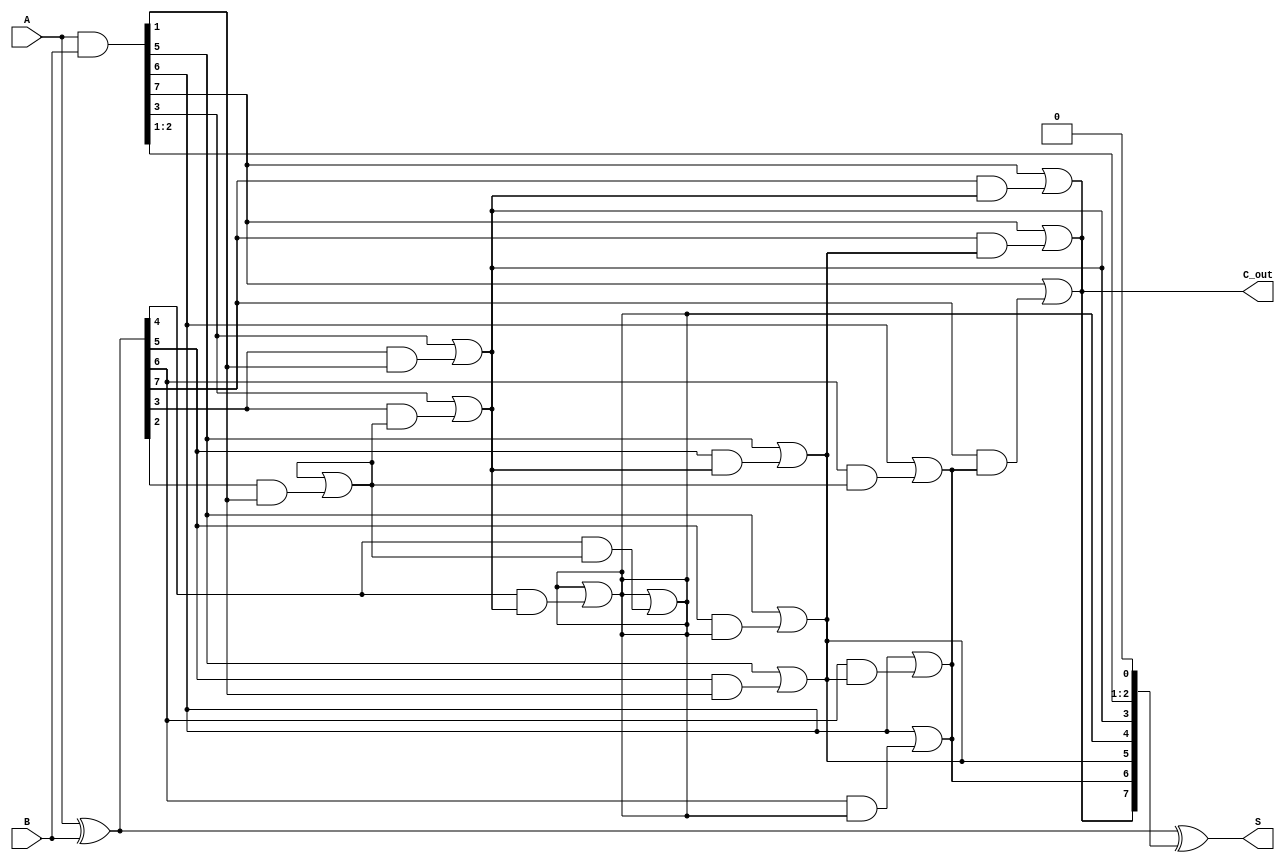
module KoggeStoneAdder #(parameter N = 8) (
    input  wire [N-1:0] A,     // First operand
    input  wire [N-1:0] B,     // Second operand
    output wire [N-1:0] S,      // Sum
    output wire C_out           // Carry out
);

    // Generate and Propagate signals
    wire [N-1:0] G;  // Generate signals
    wire [N-1:0] P;  // Propagate signals
    wire [N:0] C;    // Carry signals

    // Generate and propagate calculations
    assign G = A & B;           // Generate
    assign P = A ^ B;           // Propagate

    // Initial carry: C[0] = 0 (no carry in)
    assign C[0] = 1'b0;

    // Kogge-Stone Prefix Carry Generation
    genvar i, k;
    generate
        // Compute carry signals through stages
        for (k = 0; k < $clog2(N); k = k + 1) begin : stage
            for (i = 0; i < N; i = i + 1) begin : carry
                if (i >= (1 << k)) begin
                    assign C[i] = G[i] | (P[i] & C[i - (1 << k)]);
                end else begin
                    assign C[i] = C[i]; // Carry remains same for lower bits
                end
            end
        end
    endgenerate

    // Final carry out
    assign C_out = C[N-1];

    // Sum calculation
    assign S = P ^ C[N-1:0]; // S[i] = P[i] ^ C[i-1]

endmodule